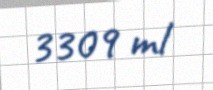
3309 ml